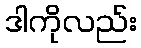
ဒါကိုလည်း